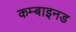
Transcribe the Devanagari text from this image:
कम्बाइनड